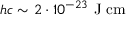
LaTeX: \ h c \sim 2 \cdot 1 0 ^ { - 2 3 } \ \mathrm { J } \ \mathrm { c m }